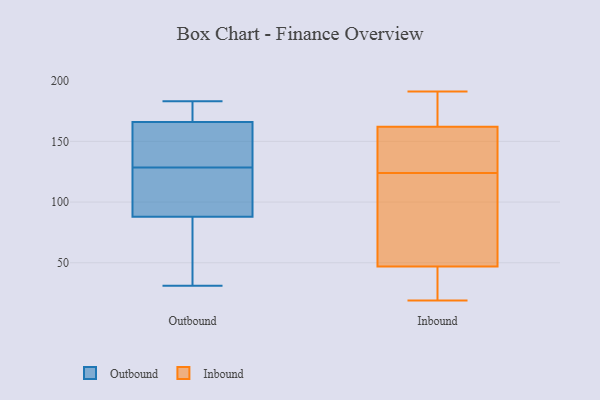
{"axis": {"x": "Conversion Rate (%)", "y": "Value"}, "legend": ["Inbound", "Outbound"], "data": [{"x": "", "y": 134, "type": "Outbound"}, {"x": "", "y": 72, "type": "Outbound"}, {"x": "", "y": 123, "type": "Outbound"}, {"x": "", "y": 166, "type": "Outbound"}, {"x": "", "y": 178, "type": "Outbound"}, {"x": "", "y": 154, "type": "Outbound"}, {"x": "", "y": 31, "type": "Outbound"}, {"x": "", "y": 88, "type": "Outbound"}, {"x": "", "y": 183, "type": "Outbound"}, {"x": "", "y": 107, "type": "Outbound"}, {"x": "", "y": 87, "type": "Inbound"}, {"x": "", "y": 162, "type": "Inbound"}, {"x": "", "y": 173, "type": "Inbound"}, {"x": "", "y": 20, "type": "Inbound"}, {"x": "", "y": 22, "type": "Inbound"}, {"x": "", "y": 111, "type": "Inbound"}, {"x": "", "y": 129, "type": "Inbound"}, {"x": "", "y": 191, "type": "Inbound"}, {"x": "", "y": 92, "type": "Inbound"}, {"x": "", "y": 120, "type": "Inbound"}, {"x": "", "y": 167, "type": "Inbound"}, {"x": "", "y": 47, "type": "Inbound"}, {"x": "", "y": 42, "type": "Inbound"}, {"x": "", "y": 147, "type": "Inbound"}, {"x": "", "y": 187, "type": "Inbound"}, {"x": "", "y": 128, "type": "Inbound"}, {"x": "", "y": 138, "type": "Inbound"}, {"x": "", "y": 19, "type": "Inbound"}]}